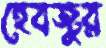
হেবজুর